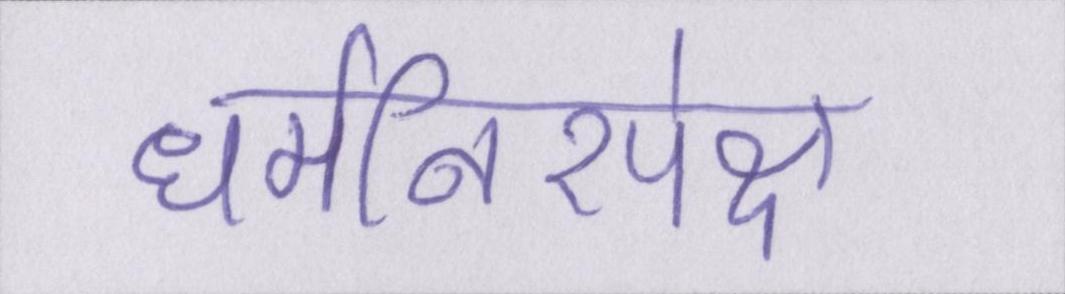
धर्मनिरपेक्ष